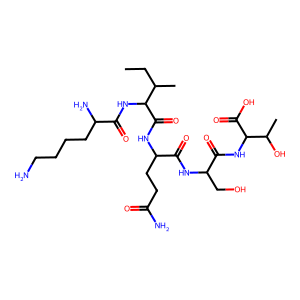
SMILES: CCC(C)C(NC(=O)C(N)CCCCN)C(=O)NC(CCC(N)=O)C(=O)NC(CO)C(=O)NC(C(=O)O)C(C)O
Inhibits HIV replication: No